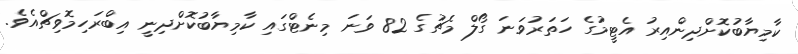
ކާމިޔާބުކޮށްދިންއިރު އެޓީމުގެ ހަތަރުވަނަ ގޯލް މެޗުގެ 82 ވަނަ މިނެޓްގައި ކާމިޔާބުކޮށްދިނީ އިބްރަހިމޮވިޗްއެވެ.